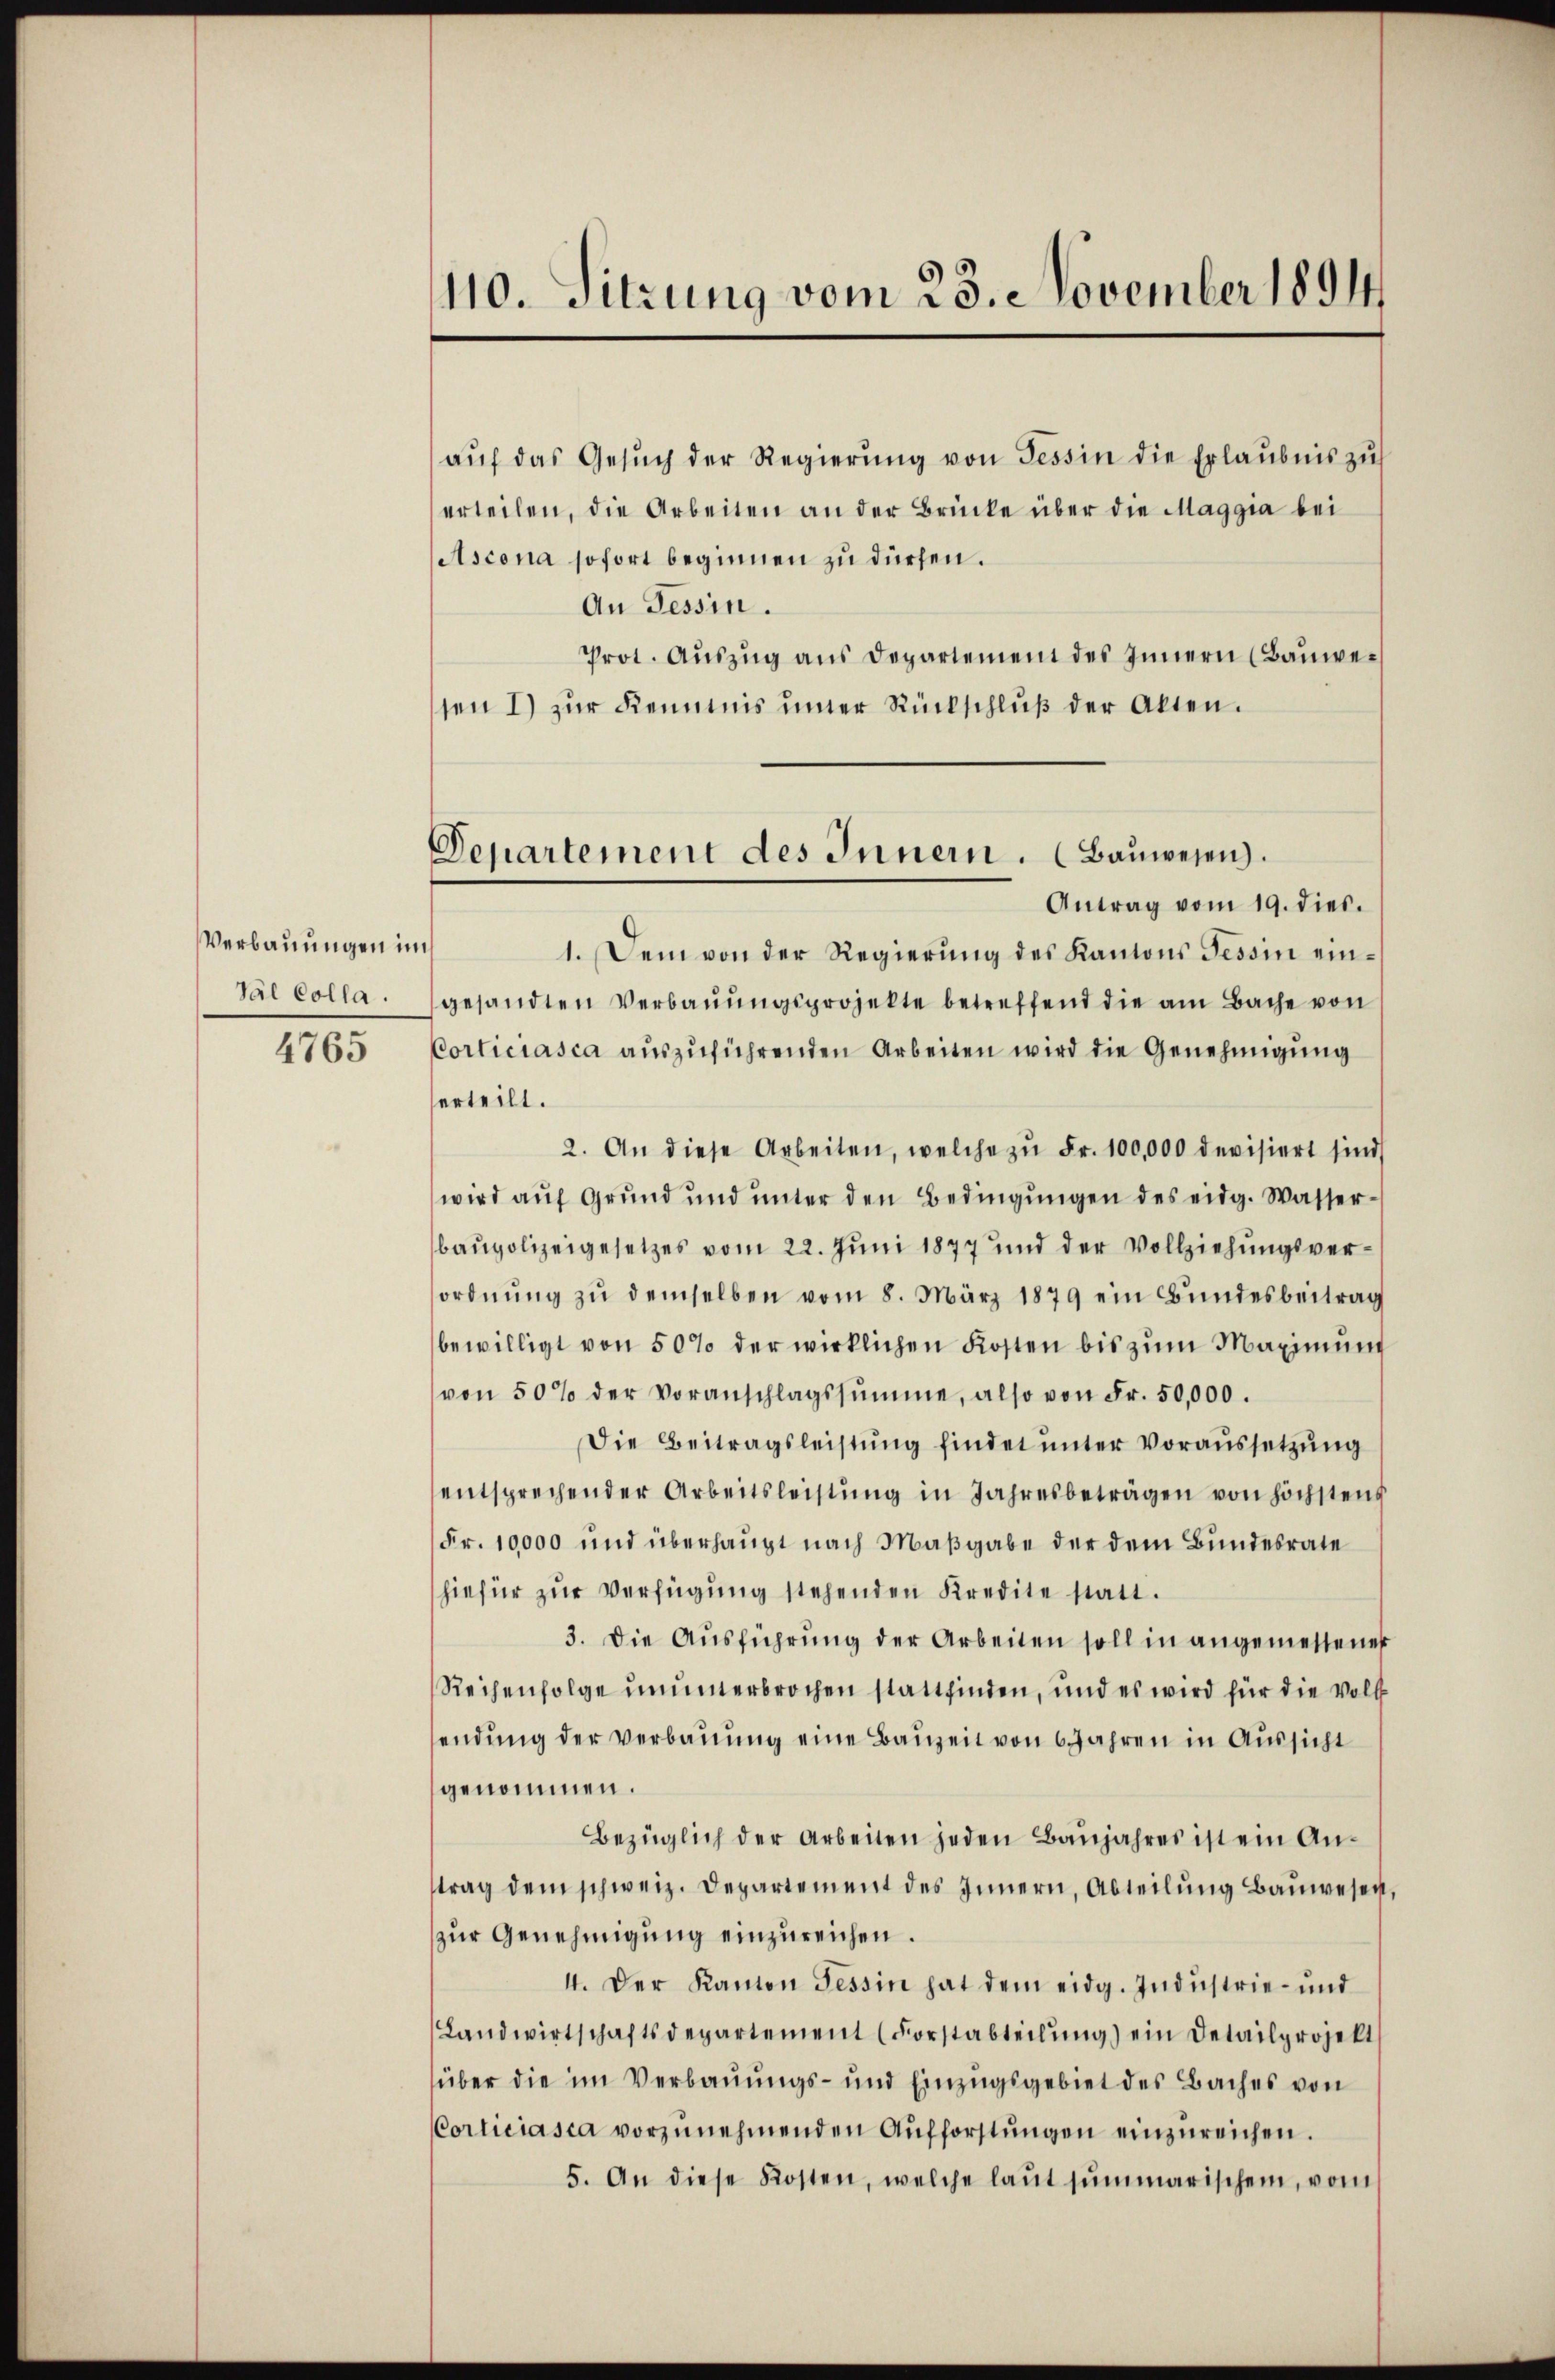
Verbauungen im
Val Colla.
4765

110. Sitzung vom 23. November 1894

Departement des Innern. (Bauwesen.
Antrag vom 19. dies.

aŭf das Gesŭch der Regierŭng von Tessin die Erlaubnis zŭ
erteilen, die Arbeiten an der Brücke über die Maggia bei
Ascona sofort beginnen zu dürfen.
An Tessin.
Prot. Aŭszŭg aŭs Departement des Innern (Bauwesen 1) zŭr Kenntnis inter Rückschlŭβ der Akten.
1. Dem von der Regierŭng des Kantons Tessin eingesandten Verbaŭŭngsprojekte betreffend die am Bache von
Corticiasca aŭszŭführenden Arbeiten wird die Genehmigung
erteilt.
2. An diese Arbeiten, welche zŭ Fr. 100,000 devisiert sind
wird auf Grund und unter den Bedingŭngen des eidg. Wasserbaupolizeigesetzes vom 22. Juni 1877 und der Vollziehungsverordnŭng zŭ demselben vom 8. März 1879 ein Bŭndesbeitrag
bewilligt von 50% der wirklichen Kosten bis zum Maximum
von 50% der Voranschlagssumme, also von Fr. 50,000.
Die Beitragsleistung findet unter Voraussetzung
entsprechender Arbeitsleistŭng in Jahresbeträgen von höchstens
Fr. 10,000 und überhaupt nach Maßgabe der dem Bundesrate
hiefür zŭr Verfügŭng stehenden Kredite statt.
3. Die Ausführung der Arbeiten soll in angemessener
Reihenfolge ununterbrochen stattfinden, und es wird für die voll
endung der Verbauung eine Bauzeit von 6 Jahren in Aussicht
genommen.
Bezüglich der Arbeiten jeden Baŭjahres ist ein Antrag dem schweiz. Departement des Innern, Abteilung Bauwesen
zur Genehmigung einzureichen.
4. Der Kanton Tessin hat dem eidg. Indŭstrie- und
Landwirtschaftsdepartement (Forstabteilŭng ein Detailprojekt
über die im Verbauungs- und Einzugsgebiet des Baches von
Corticiasca vorzŭnehmenden Aŭfforstŭngen einzŭreichen.
5. An diese Kosten, welche laŭt summarischen, vom